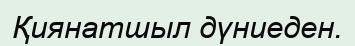
Қиянатшыл дүниеден.